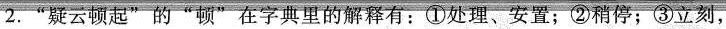
2.”疑云顿起”的”顿”在字典里的解释有：①处理、安置；②稍停；③立刻，